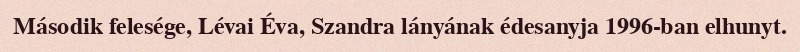
Második felesége, Lévai Éva, Szandra lányának édesanyja 1996-ban elhunyt.